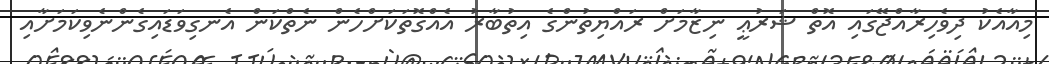
މިއާއެކު ދިވެހިރާއްޖޭގައި އޮތް ޝަރުޢީ ނިޒާމަށް ރައްޔިތުންގެ އިތުބާރު އެއްގޮތަކަށްހެން ނެތްކަން އެނގިވަޑައިގެންނެވިކަމަށާއި